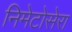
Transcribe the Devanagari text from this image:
निमेटोसेरा